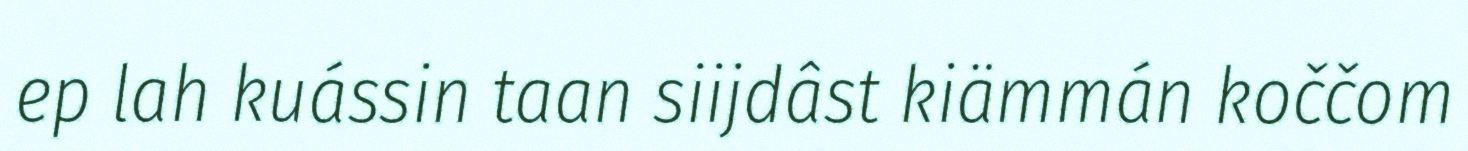
ep lah kuássin taan siijdâst kiämmán koččom